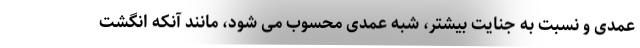
عمدی و نسبت به جنایت بیشتر، شبه عمدی محسوب می شود، مانند آنکه انگشت